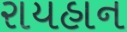
રાયહાન